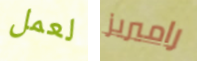
لعمل راميريز